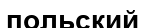
польский